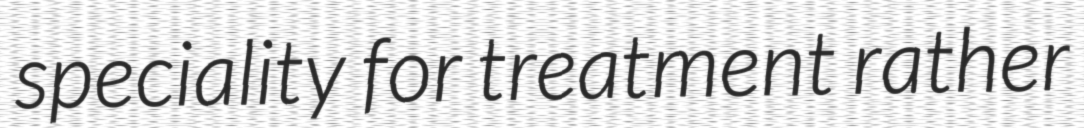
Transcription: speciality for treatment rather